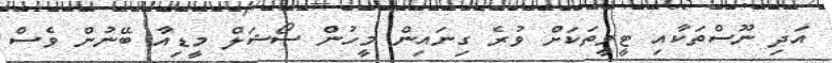
އަދި ނޫސްތަކާއި ޓީވީތަކަށް ވުރެ ގިނައިން މީހުން ސޯޝަލް މީޑިއާ ބޭނުން ވެސް